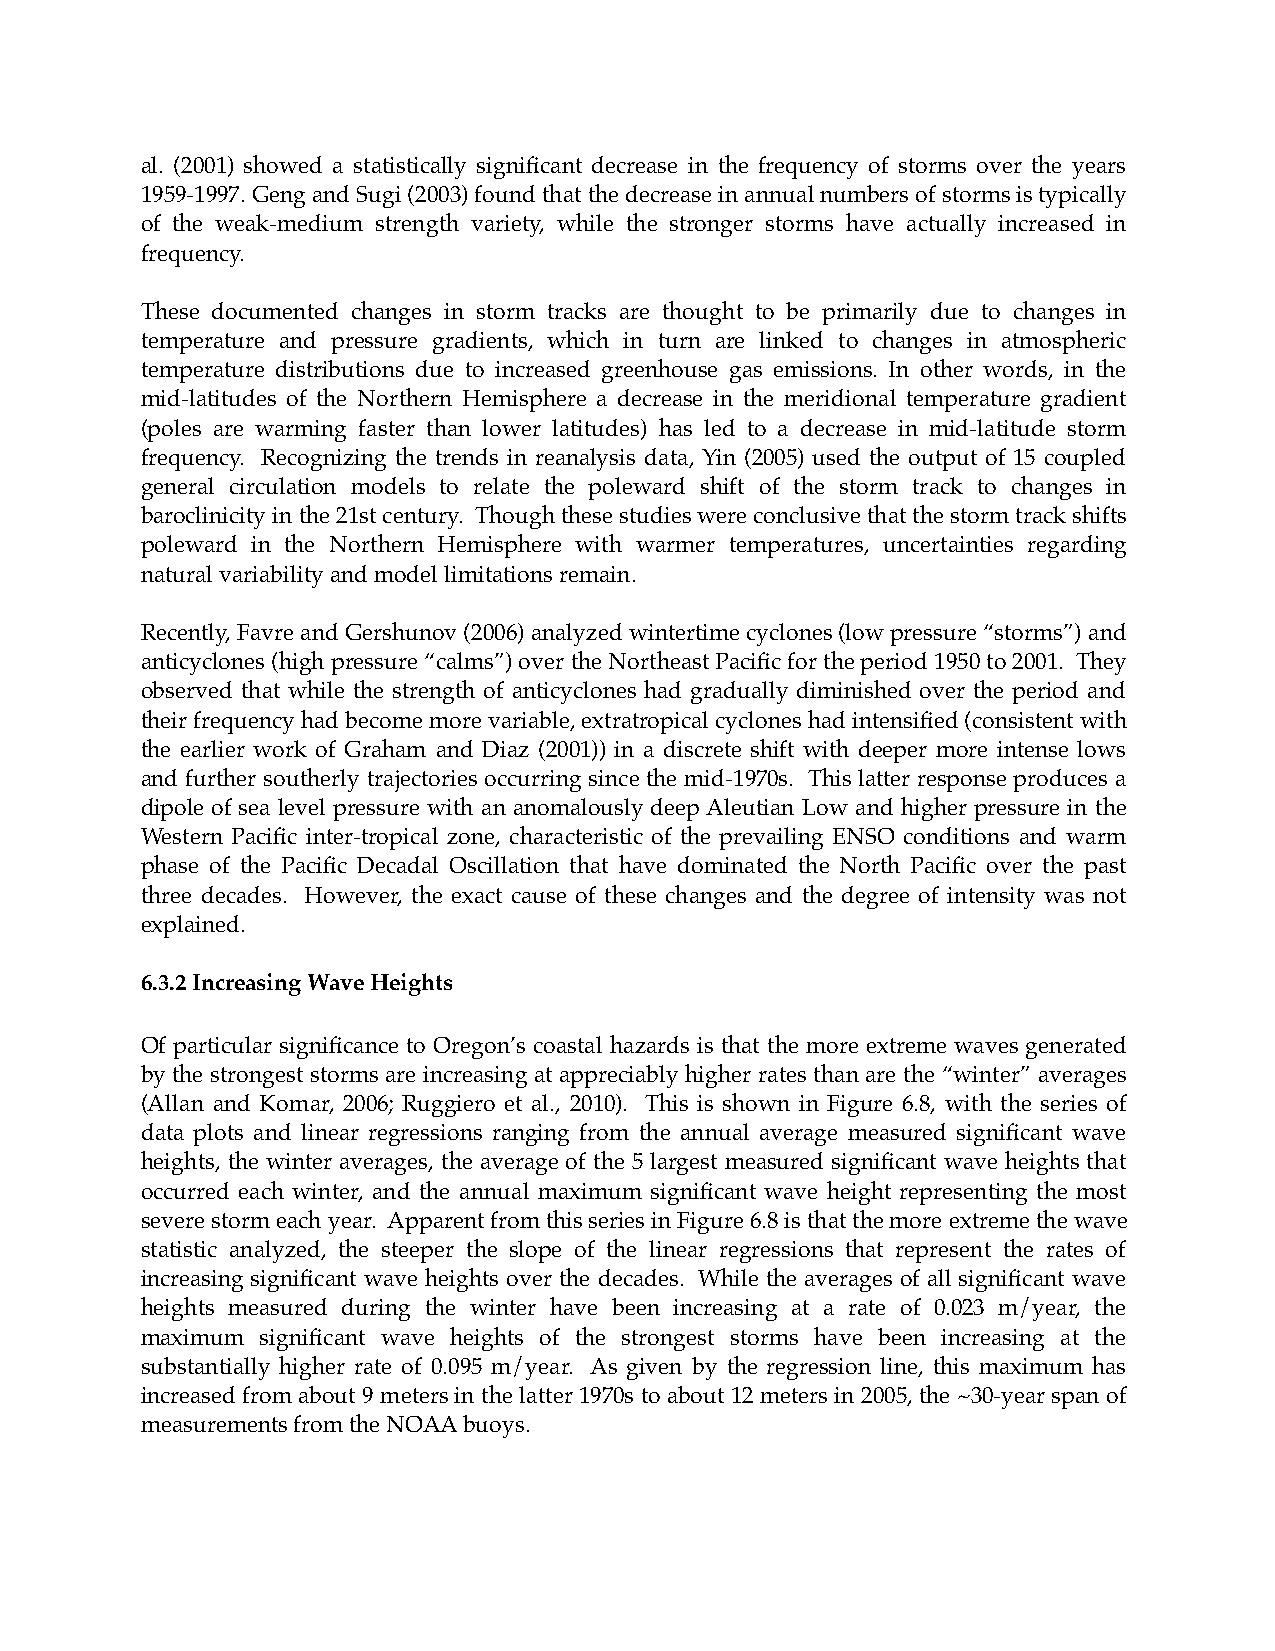
al. (2001) showed a statistically significant decrease in the frequency of storms over the years
 1959-1997. Geng and Sugi (2003) found that the decrease in annual numbers of storms is typically
 of the weak-medium strength variety, while the stronger storms have actually increased in
 frequency.
 These documented changes in storm tracks are thought to be primarily due to changes in
 temperature and pressure gradients, which in turn are linked to changes in atmospheric
 temperature distributions due to increased greenhouse gas emissions. In other words, in the
 mid-latitudes of the Northern Hemisphere a decrease in the meridional temperature gradient
 (poles are warming faster than lower latitudes) has led to a decrease in mid-latitude storm
 frequency. Recognizing the trends in reanalysis data, Yin (2005) used the output of 15 coupled
 general circulation models to relate the poleward shift of the storm track to changes in
 baroclinicity in the 21st century. Though these studies were conclusive that the storm track shifts
 poleward in the Northern Hemisphere with warmer temperatures, uncertainties regarding
 natural variability and model limitations remain.
 Recently, Favre and Gershunov (2006) analyzed wintertime cyclones (low pressure “storms”) and
 anticyclones (high pressure “calms”) over the Northeast Pacific for the period 1950 to 2001. They
 observed that while the strength of anticyclones had gradually diminished over the period and
 their frequency had become more variable, extratropical cyclones had intensified (consistent with
 the earlier work of Graham and Diaz (2001)) in a discrete shift with deeper more intense lows
 and further southerly trajectories occurring since the mid-1970s. This latter response produces a
 dipole of sea level pressure with an anomalously deep Aleutian Low and higher pressure in the
 Western Pacific inter-tropical zone, characteristic of the prevailing ENSO conditions and warm
 phase of the Pacific Decadal Oscillation that have dominated the North Pacific over the past
 three decades. However, the exact cause of these changes and the degree of intensity was not
 explained.
 6.3.2 Increasing Wave Heights
 Of particular significance to Oregon’s coastal hazards is that the more extreme waves generated
 by the strongest storms are increasing at appreciably higher rates than are the “winter” averages
 (Allan and Komar, 2006; Ruggiero et al., 2010). This is shown in Figure 6.8, with the series of
 data plots and linear regressions ranging from the annual average measured significant wave
 heights, the winter averages, the average of the 5 largest measured significant wave heights that
 occurred each winter, and the annual maximum significant wave height representing the most
 severe storm each year. Apparent from this series in Figure 6.8 is that the more extreme the wave
 statistic analyzed, the steeper the slope of the linear regressions that represent the rates of
 increasing significant wave heights over the decades. While the averages of all significant wave
 heights measured during the winter have been increasing at a rate of 0.023 m/year, the
 maximum significant wave heights of the strongest storms have been increasing at the
 substantially higher rate of 0.095 m/year. As given by the regression line, this maximum has
 increased from about 9 meters in the latter 1970s to about 12 meters in 2005, the ~30-year span of
 measurements from the NOAA buoys.